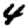
Digit: 4